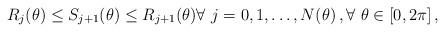
LaTeX: \begin{align*} R_j(\theta) \leq S_{j+1}(\theta) \leq R_{j+1}(\theta) \forall\ j= 0,1, \dots,N(\theta)\, , \forall\ \theta\in [0,2\pi]\, ,\end{align*}